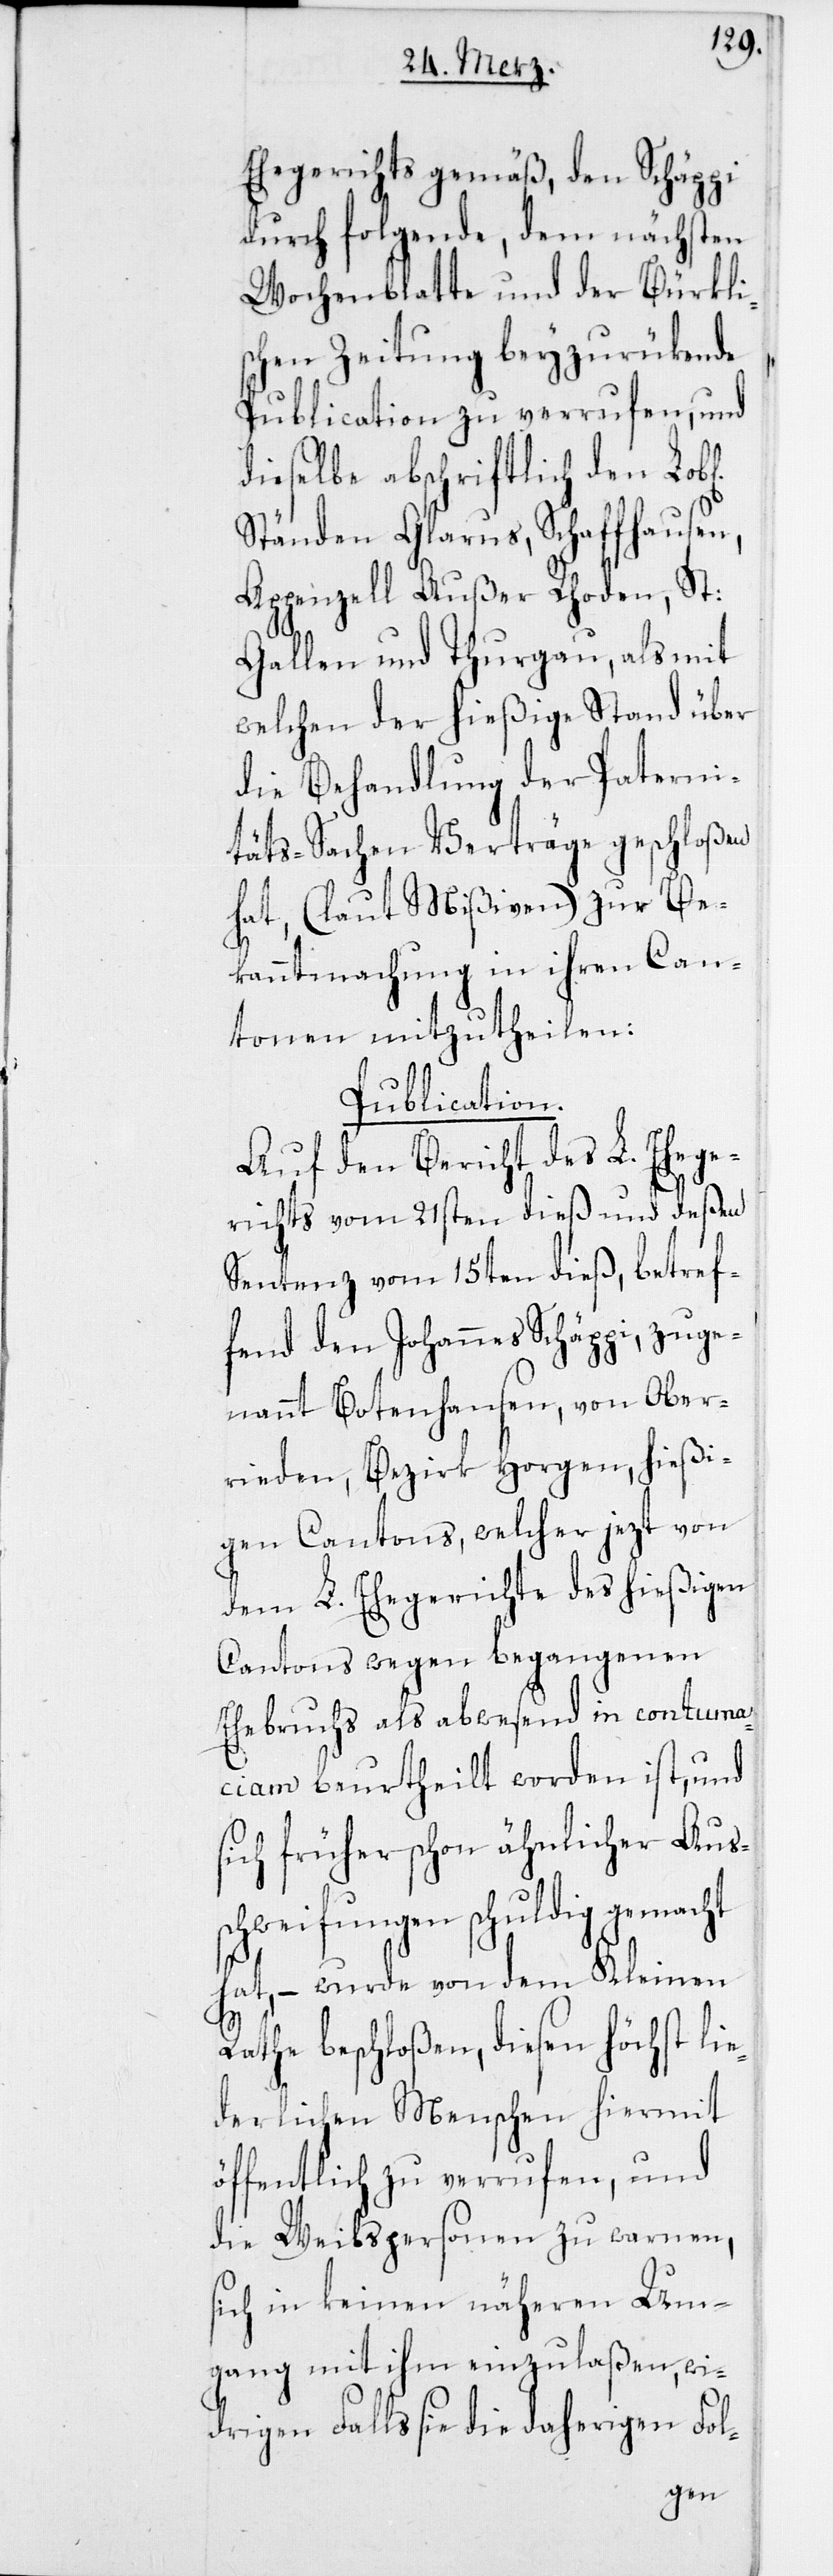
Ehegerichts gemäß, den Schä¬
durch folgende, dem nächsten
Wochenblatte und der Bürkli¬
schen Zeitung beyzurükende
Publication zu verrufen, und
dieselbe abschriftlich den Lo¬
Ständen Glarus, Schaffhausen,
Appenzell Außer Rhoden, St:
Gallen und Thurgau, als mit
welchen der hießige Stand über
die Behandlung der Paterni¬
täts-Sachen Verträge geschloßen
hat, (laut Mißiven) zur Be¬
rigen
kanntmachung in ihren Can¬
tonen mitzutheilen:
Publication.
Auf den Bericht des L. Ehege¬
richts vom 21sten dieß und deßen
Sentenz vom 15ten dieß, betref¬
fend den Johannes Schäppi, zuge¬
nannt Botenhansen, von Ober¬
rieden, Bezirk Horgen, hießi¬
gen Cantons, welcher jezt von
dem L. Ehegerichte des hießigen
Cantons wegen begangenen
Ehebruchs als abwesend in contuma¬
ciam beurtheilt worden ist, und
sich früher schon ähnlicher Auß¬
chweifungen schuldig gemacht
hat, – wurde von dem Kleinen
Rathe beschloßen, diesen höchst lie¬
derlichen Menschen hiermit
öffentlich zu verrufen, und
die Weibspersonen zu warnen,
sich in keinen näheren Um¬
gang mit ihm einzulaßen, wi¬
drigen Falls sie die dahe¬